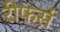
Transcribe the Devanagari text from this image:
रीफर्स